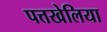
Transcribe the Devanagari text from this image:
पत्तखेलिया